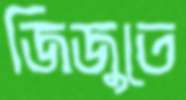
জিজুতে